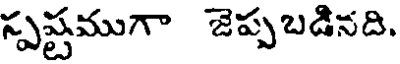
స్పష్టముగా జెప్పబడినది.